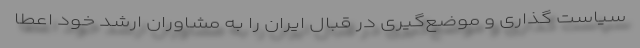
سیاست گذاری و موضع‌گیری در قبال ایران را به مشاوران ارشد خود اعطا